Indian journal of veterinary science and animal husbandry - Volumes 24-25, 1954-1955
Year: 1954
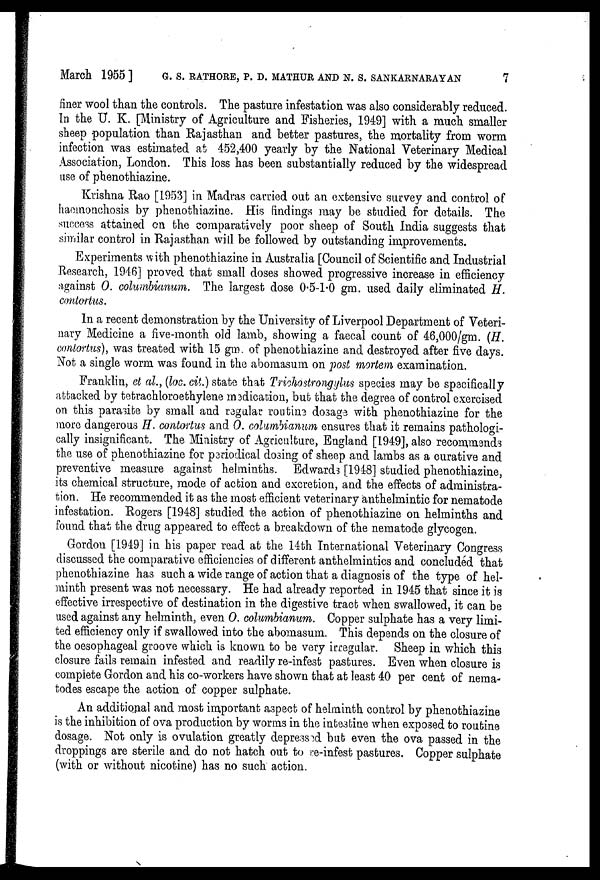
March 1955] G. S. RATHORE, P. D. MATHUR AND N. S. SANKARNARAYAN 7
finer wool than the controls. The pasture infestation was also considerably reduced.
In the U. K. [Ministry of Agriculture and Fisheries, 1949] with a much smaller
sheep population than Rajasthan and better pastures, the mortality from worm
infection was estimated at 452,400 yearly by the National Veterinary Medical
Association, London. This loss has been substantially reduced by the widespread
use of phenothiazine.
Krishna Rao [1953] in Madras carried out an extensive survey and control of
haemonchosis by phenothiazine. His findings may be studied for details. The
success attained on the comparatively poor sheep of South India suggests that
similar control in Rajasthan will be followed by outstanding improvements.
Experiments with phenothiazine in Australia [Council of Scientific and Industrial
Research, 1946] proved that small doses showed progressive increase in efficiency
against O. columbianum. The largest dose 0.5-1.0 gm. used daily eliminated H.
contortus.
In a recent demonstration by the University of Liverpool Department of Veteri-
nary Medicine a five-month old lamb, showing a faecal count of 46,000/gm. (H.
contortus), was treated with 15 gm. of phenothiazine and destroyed after five days.
Not a single worm was found in the abomasum on post mortem examination.
Franklin, et al., (loc. cit.) state that Trichostrongylus species may be specifically
attacked by tetrachloroethylene medication, but that the degree of control exercised
on this parasite by small and regular routine dosage with phenothiazine for the
more dangerous H. contortus and O. columbianum ensures that it remains pathologi-
cally insignificant. The Ministry of Agriculture, England [1949], also recommends
the use of phenothiazine for periodical dosing of sheep and lambs as a curative and
preventive measure against helminths. Edwards [1948] studied phenothiazine,
its chemical structure, mode of action and excretion, and the effects of administra-
tion. He recommended it as the most efficient veterinary anthelmintic for nematode
infestation. Rogers [1948] studied the action of phenothiazine on helminths and
found that the drug appeared to effect a breakdown of the nematode glycogen.
Gordon [1949] in his paper read at the 14th International Veterinary Congress
discussed the comparative efficiencies of different anthelmintics and concluded that
phenothiazine has such a wide range of action that a diagnosis of the type of hel-
minth present was not necessary. He had already reported in 1945 that since it is
effective irrespective of destination in the digestive tract when swallowed, it can be
used against any helminth, even O. columbianum. Copper sulphate has a very limi-
ted efficiency only if swallowed into the abomasum. This depends on the closure of
the oesophageal groove which is known to be very irregular. Sheep in which this
closure fails remain infested and readily re-infest pastures. Even when closure is
complete Gordon and his co-workers have shown that at least 40 per cent of nema-
todes escape the action of copper sulphate.
An additional and most important aspect of helminth control by phenothiazine
is the inhibition of ova production by worms in the intestine when exposed to routine
dosage. Not only is ovulation greatly depressed but even the ova passed in the
droppings are sterile and do not hatch out to re-infest pastures. Copper sulphate
(with or without nicotine) has no such action.